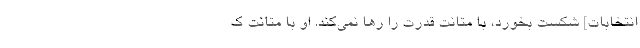
انتخابات] شکست بخورد، با متانت قدرت را رها نمی‌کند. او با متانت ک